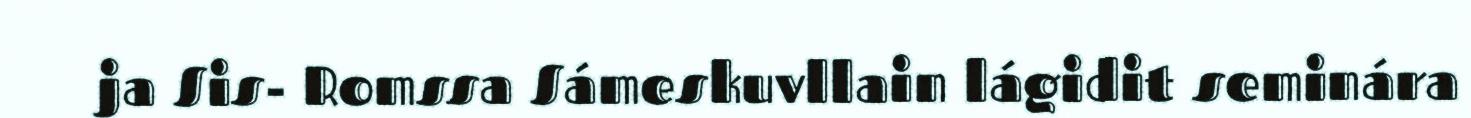
ja Sis- Romssa Sámeskuvllain lágidit seminára